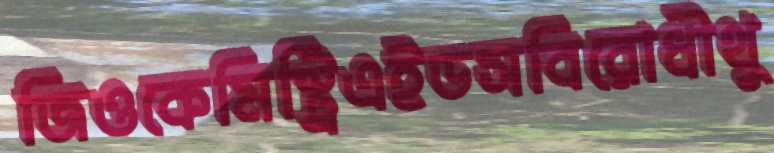
জিওকেমিস্ট্রিএইডসবিরোধীথু